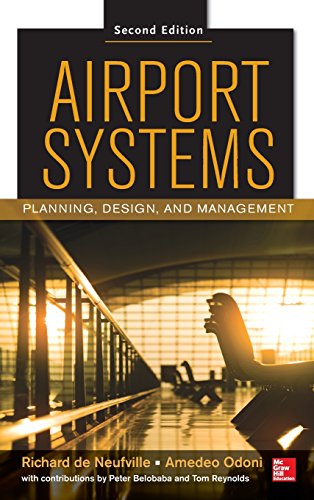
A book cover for Airport Systems, Second Edition: Planning, Design and Management; Richard de Neufville; Engineering & Transportation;